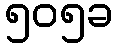
၅၀၅ခ